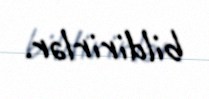
bildirirlər.